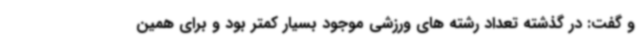
و گفت: در گذشته تعداد رشته های ورزشی موجود بسیار کمتر بود و برای همین